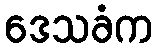
ဒေသခံက